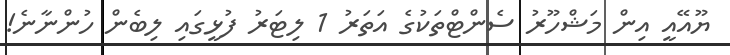
ޔޫއޭއީ އިން މަޝްހޫރު ސެންޓްތަކުގެ އަތަރު 1 ލިޓަރު ފުޅީގައި ލިބެން ހުންނާނެ!